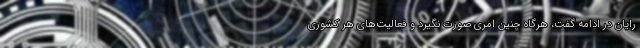
رایان در ادامه گفت، هرگاه چنین امری صورت نگیرد و فعالیت‌های هر کشوری